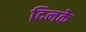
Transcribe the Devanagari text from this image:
दिनके